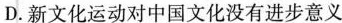
D.新文化运动对中国文化没有进步意义